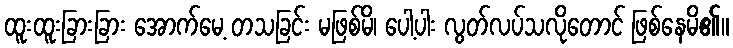
ထူးထူးခြားခြား အောက်မေ့ တသခြင်း မဖြစ်မိ၊ ပေါ့ပါး လွတ်လပ်သလိုတောင် ဖြစ်နေမိ၏။